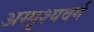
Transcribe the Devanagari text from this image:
अस्पृश्यवर्ग